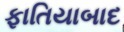
ફાતિયાબાદ